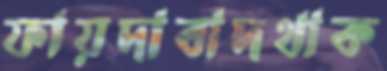
ফায়দাবাদথাক